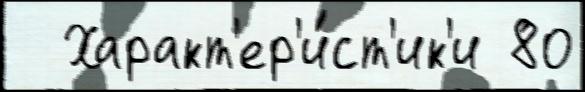
  Характ'ер'и́ст'ик'и 80